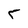
Character: 5